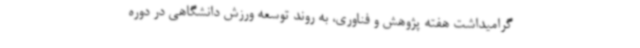
گرامیداشت هفته پژوهش و فناوری، به روند توسعه ورزش دانشگاهی در دوره